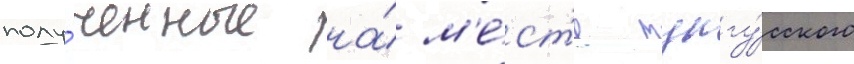
полу́ченные на́ м'е́ст'е тунгу́сского